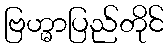
ဗြဟ္မာပြည်တိုင်